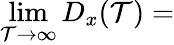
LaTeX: \operatorname*{lim}_{\mathcal{T}\to\infty}D_{x}(\mathcal{T})=